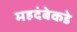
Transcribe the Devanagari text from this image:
महदंबेकडे